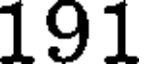
191